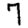
Digit: 7